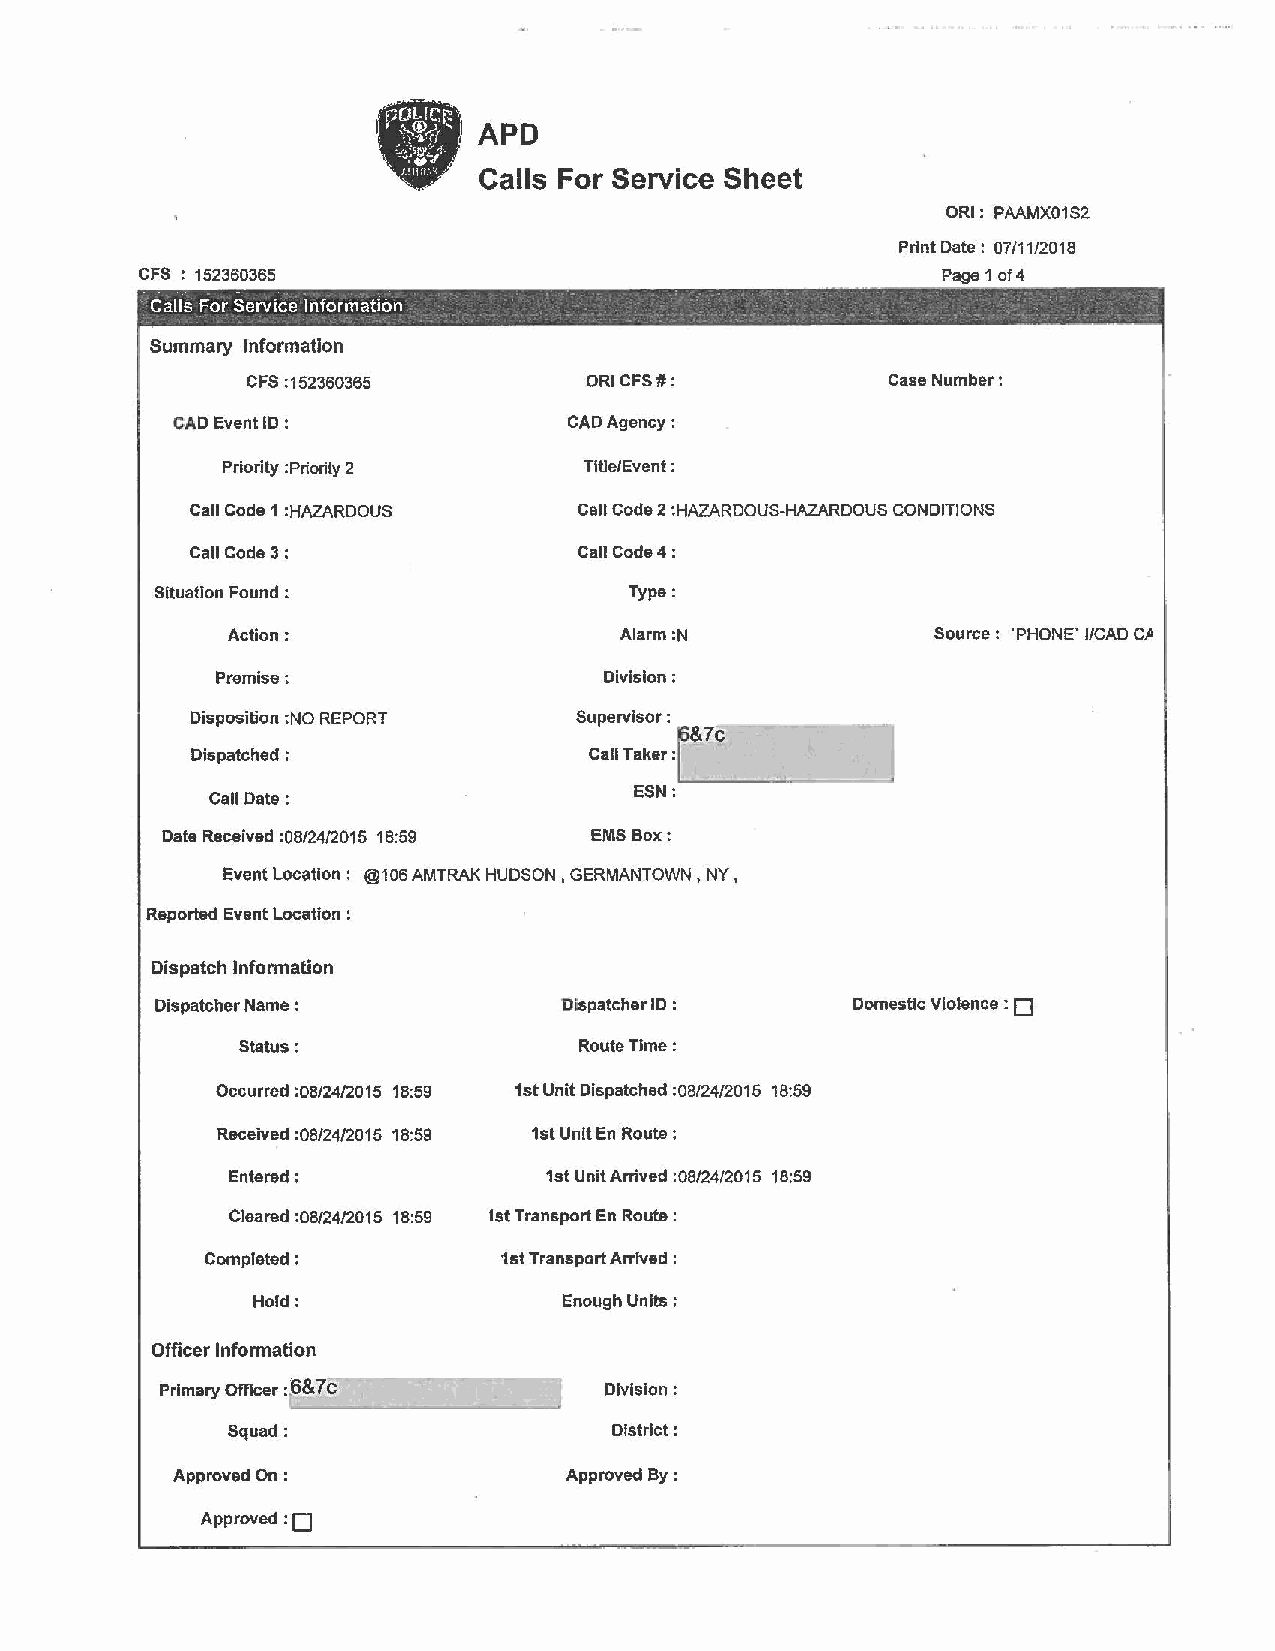
APD
 Calls For Service Sheet
 ORI: PAAMX01S2
 Print Date: 07/1112018
 CFS : 152360365                                      Page 1 of 4
 Calls For Servke Information - -
 .     -                    'C   - -_ • _  •   •    _   _ • ."     ••-
 Summary Information
 CFS : 152360365        ORI CFS#:           Case Number :
 CAD Event ID :             CAD Agency:
 Priority :Priority 2    Title/Event :
 Call Code 1 :HAZARDOUS    Call Code 2 :HAZARDOUS-HAZARDOUS CONDITIONS
 Call Code 3:              Call Code4:
 Situation Found :               Type:
 Action:                   Alarm :N             Source: 'PHONE' I/CAD C/J
 Premise:                  Division:
 Disposition :NO REPORT   Supervisor :
 7c
 Dispatched:               Call Taker:
 ESN:
 Call Date:
 Date Received :08/24/2015 1B :59 EMS Box:
 Event Location: @106 AMTRAK HUDSON, GERMANTOWN, NY,
 Reported Event Location :
 Dispatch Information
 D
 Dispatcher Name :          Dispatcher ID :    Domestic Violence :
 Status:               Route Time:
 Occurred :08/24/2015 18:59 1st Unit Dispatched :08/2412015 18:59
 Received :08/24/2015 18:59 1st Unit En Route:
 Entered:             1st Unit Arrived :08/24/2015 18:59
 Cleared :08/24/2015 18:59 !st Transport En Route:
 Completed:          1st Transport Arrived :
 Hold:               Enough Units :
 Officer Information
 Primary Officer :'6&7c       Division:
 Squad:                   District:
 Approved On :             Approved By :
 :o
 Approved